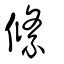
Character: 絛